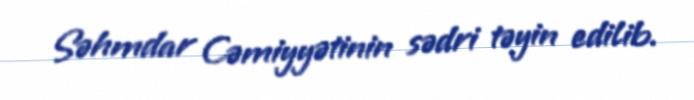
Səhmdar Cəmiyyətinin sədri təyin edilib.